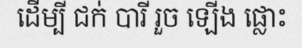
ដើម្បី ជក់ បារី រួច ឡើង ផ្លោះ